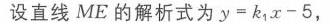
图中内容的LaTeX格式为：
\(\therefore OM = OE = 5,\ \therefore\)点\(M\)坐标\((0, - 5)\)